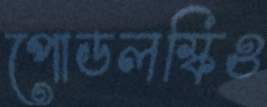
পোডলস্কিও